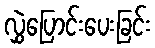
လွှဲပြောင်းပေးခြင်း